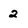
Character: 2